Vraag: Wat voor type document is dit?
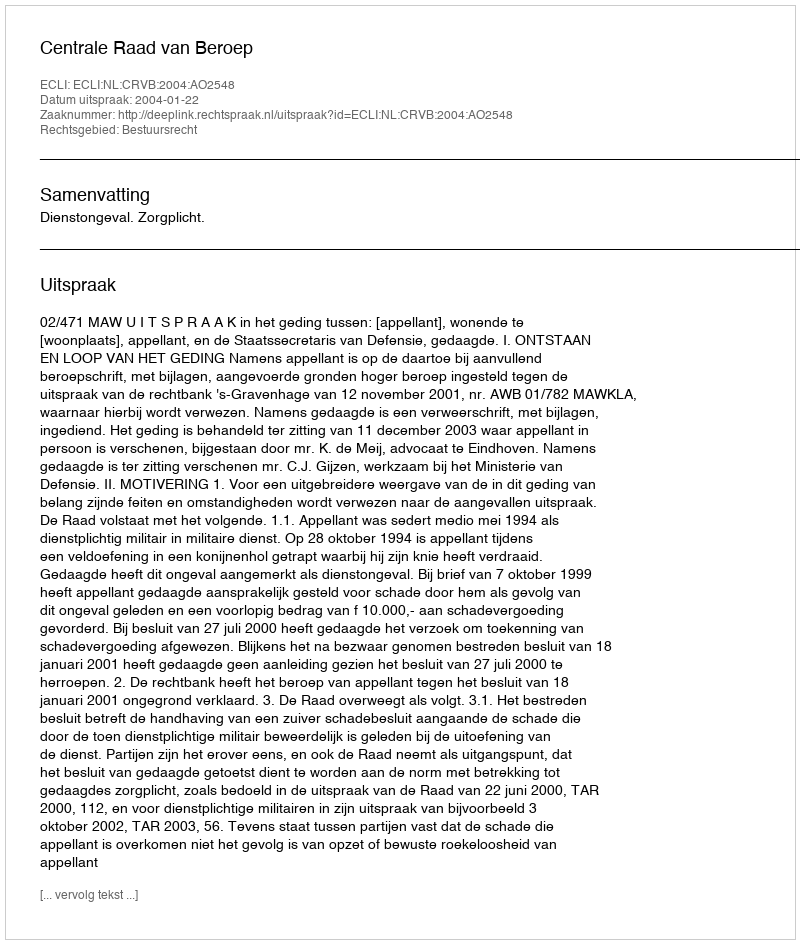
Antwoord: Uitspraak